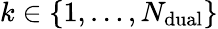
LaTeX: k\in\left\lbrace 1,\dots,N_{\mathrm{dual}}\right\rbrace